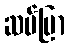
ဆပ်ပြာ